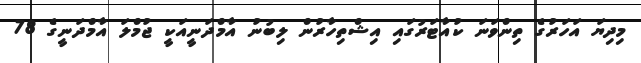
މިދިޔަ އަހަރުގެ ތިންވަނަ ކުއާޓަރުގައި އިޝްތިހާރުން ލިބުނު އާމްދަނީއަކީ ޖުމްލަ އާމްދަނީގެ 78